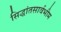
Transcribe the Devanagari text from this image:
सिद्धांतसार्वभौम